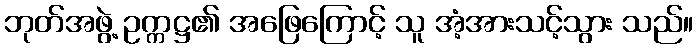
ဘုတ်အဖွဲ့ ဥက္ကဋ္ဌ၏ အဖြေကြောင့် သူ အံ့အားသင့်သွား သည်။